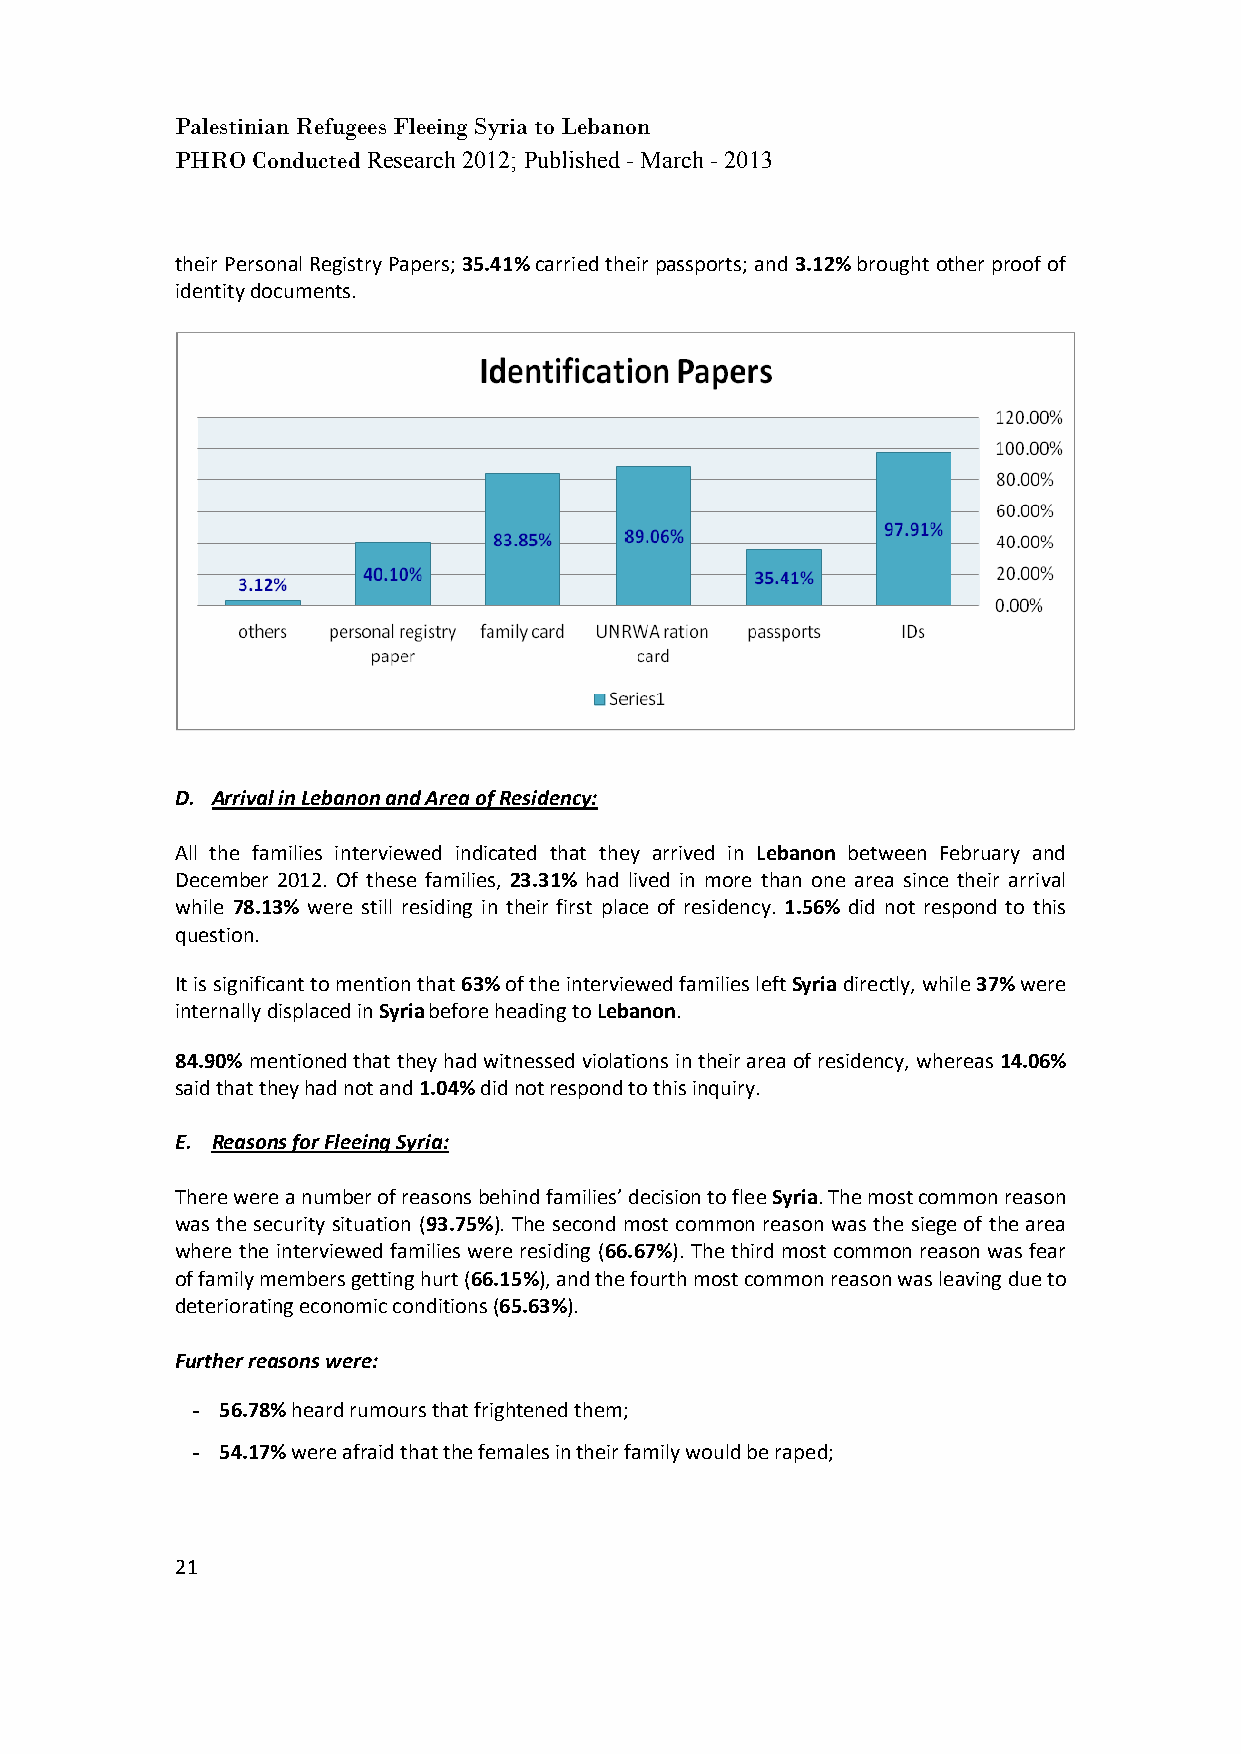
Palestinian Refugees Fleeing Syria to Lebanon
 PHRO Conducted Research 2012; Published - March - 2013
 their Personal Registry Papers; 35.41% carried their passports; and 3.12% brought other proof of
 identity documents.
 D. Arrival in Lebanon and Area of Residency:
 All the families interviewed indicated that they arrived in Lebanon between February and
 December 2012. Of these families, 23.31% had lived in more than one area since their arrival
 while 78.13% were still residing in their first place of residency. 1.56% did not respond to this
 question.
 It is significant to mention that 63% of the interviewed families left Syria directly, while 37% were
 internally displaced in Syria before heading to Lebanon.
 84.90% mentioned that they had witnessed violations in their area of residency, whereas 14.06%
 said that they had not and 1.04% did not respond to this inquiry.
 E. Reasons for Fleeing Syria:
 There were a number of reasons behind families’ decision to flee Syria. The most common reason
 was the security situation (93.75%). The second most common reason was the siege of the area
 where the interviewed families were residing (66.67%). The third most common reason was fear
 of family members getting hurt (66.15%), and the fourth most common reason was leaving due to
 deteriorating economic conditions (65.63%).
 Further reasons were:
 - 56.78% heard rumours that frightened them;
 - 54.17% were afraid that the females in their family would be raped;
 21